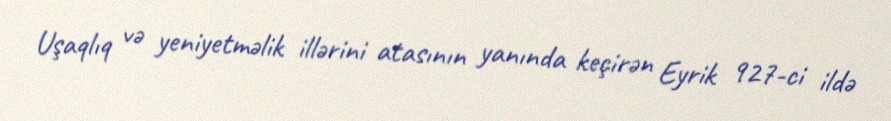
Uşaqlıq və yeniyetməlik illərini atasının yanında keçirən Eyrik 927-ci ildə